Annual report of the Imperial Bacteriological Laboratory, Muktesar
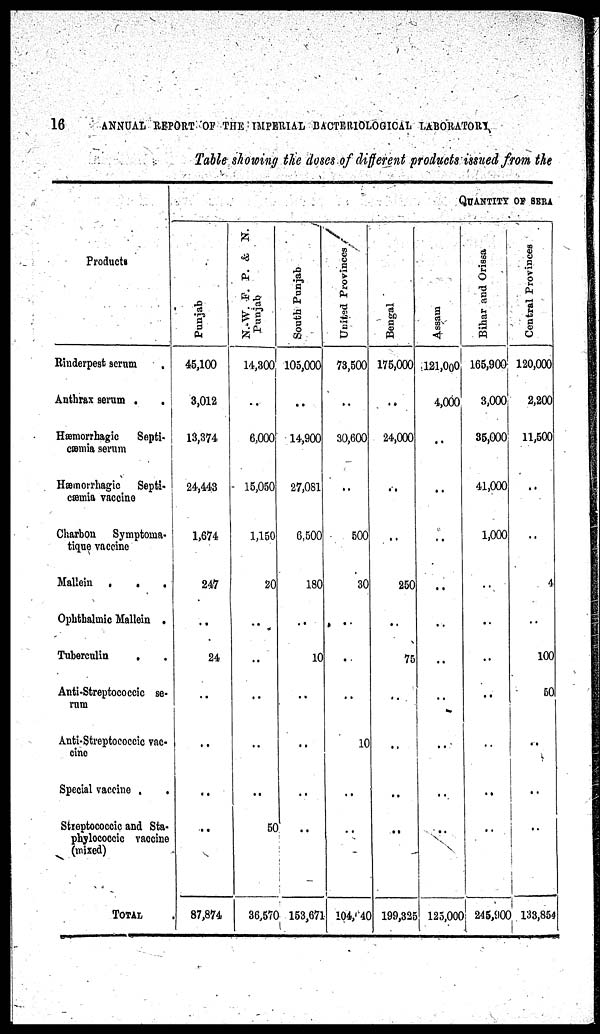
16
ANNUAL REPORT OF THE IMPERIAL BACTERIOLOGICAL LABORATORY
Table showing the doses of different products issued from the
Products
Rinderpest serum
Anthrax serum .
Hæmorrhagic
Septi-
cæmia serum
Hæmorrhagic
Septi-
cæmia vaccine
Charbon
Symptoma-
tique vaccine
Mallein
.
.
.
Ophthalmic Mallein .
Tuberculin
,
Anti-Streptococcic se-
rum
Anti-Streptococcic vac-
cine
Special vaccine .
.
Streptococcic and Sta-
phylococcic vaccine
(mixed)
TOTAL
Punjab
45,100
3,012
13,374
24,443
1,674
247
..
24
..
..
..
..
87,874
N.W. F. P. & N.
Punjab
14,300
..
6,000
15,050
1,150
20
..
..
..
..
..
..
50
36,570
South Punjab
105,000
..
14,900
27,081
6,500
180
..
10
..
..
..
..
..
153,671
United Provinces
73,500
..
30,600
..
500
30
..
..
..
10
..
..
..
104,640
Bengal
175,000
..
24,000
...
...
250
...
75
..
..
...
...
199,325
QUANTITY OF SERA
Assam
121,000
4,000
..
..
..
..
..
..
..
..
...
..
125,000
Bihar and Orissa
165,900
3,000
35,000
41,000
1,000
..
..
..
..
...
..
..
245,900
Central Provinces
120,000
2,200
11,500
..
..
4
..
100
50
..
..
..
133,854